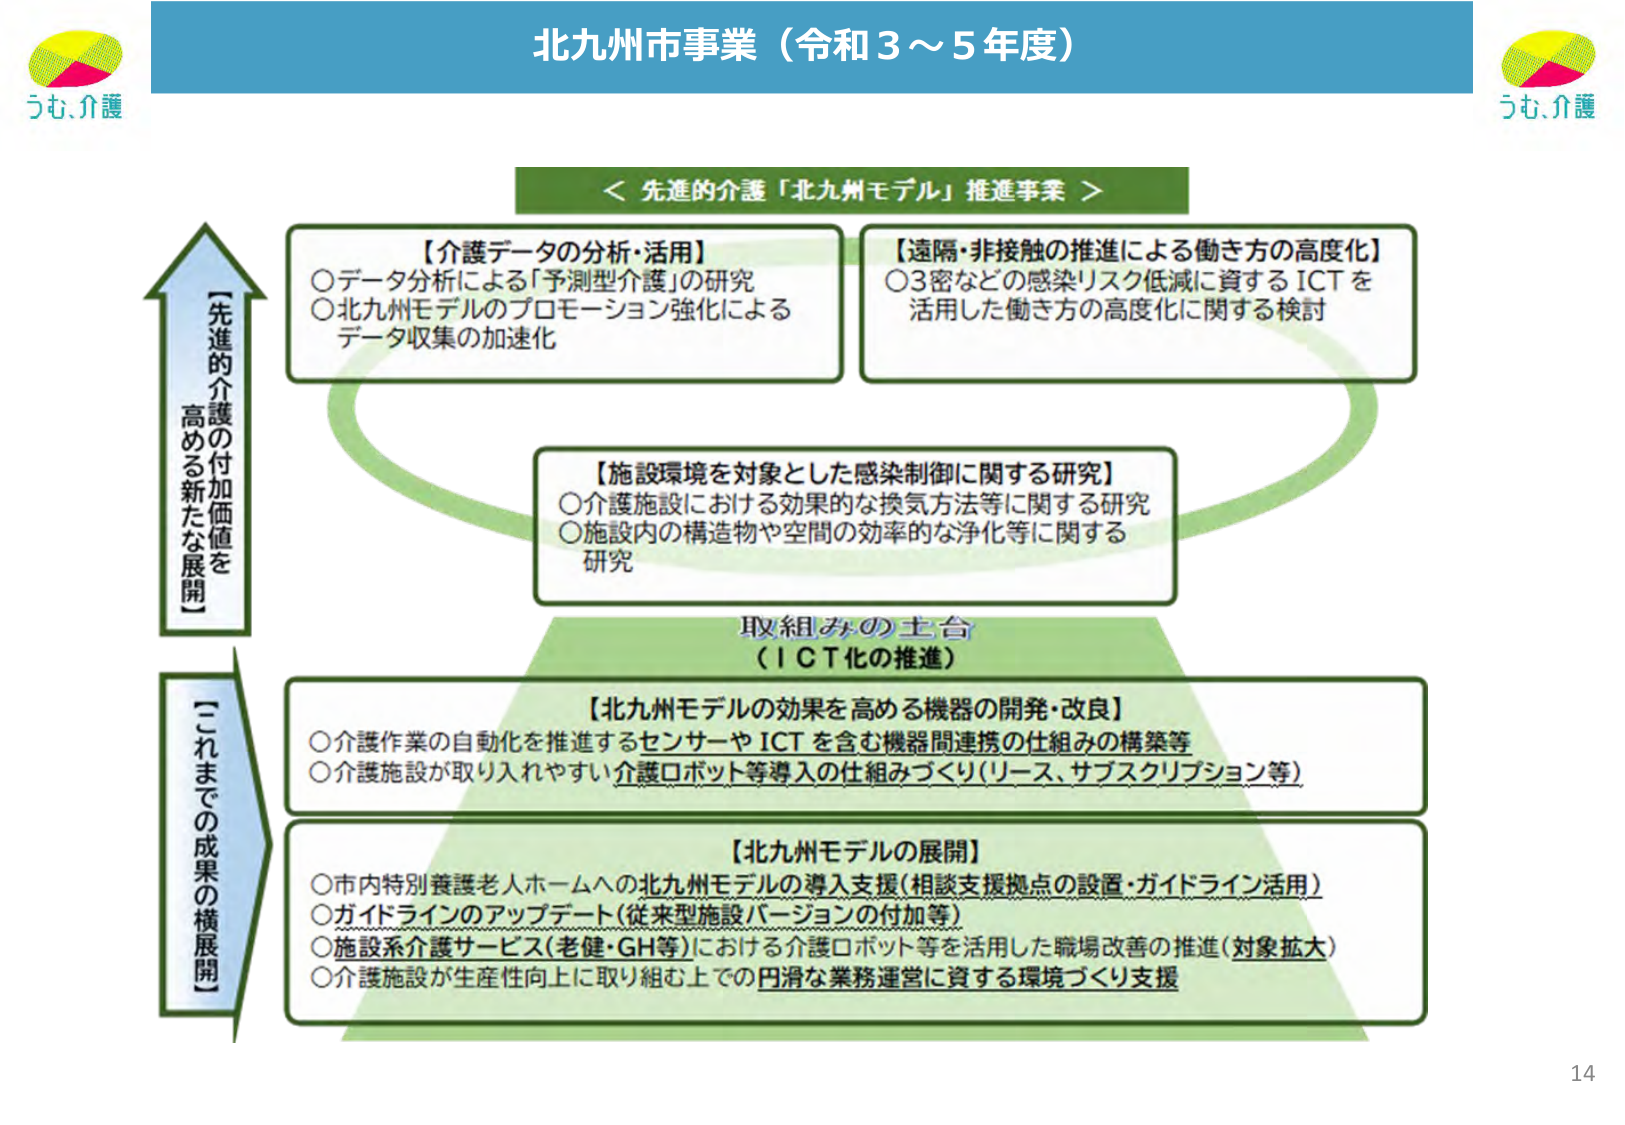
北九州市事業（令和3～5年度）

＜先進的介護「北九州モデル」推進事業＞

【介護データの分析・活用】
○データ分析による「予測型介護」の研究
○北九州モデルのプロモーション強化による
データ収集の加速化

【遠隔・非接触の推進による働き方の高度化】
○3密などの感染リスク低減に資するICTを
活用した働き方の高度化に関する検討

【施設環境を対象とした感染制御に関する研究】
○介護施設における効果的な換気方法等に関する研究
○施設内の構造物や空間の効率的な浄化等に関する
研究

取組みの土台
（ICT化の推進）

【北九州モデルの効果を高める機器の開発・改良】
○介護作業の自動化を推進するセンサーやICTを含む機器間連携の仕組みの構築等
○介護施設が取り入れやすい介護ロボット等導入の仕組みづくり（リース、サブスクリプション等）

【北九州モデルの展開】
○市内特別養護老人ホームへの北九州モデルの導入支援（相談支援拠点の設置・ガイドライン活用）
○ガイドラインのアップデート（従来型施設バージョンの付加等）
○施設系介護サービス（老健・GH等）における介護ロボット等を活用した職場改善の推進（対象拡大）
○介護施設が生産性向上に取り組む上での円滑な業務運営に資する環境づくり支援

「先進的介護の付加価値を
高める新たな展開」

「これまでの成果の横展開」

うも、介護
うも、介護
14